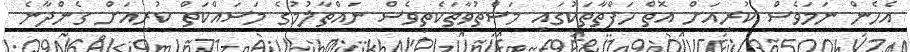
އެހެން ނަމަވެސް ކުރިއަށް އޮތް ހަފްތާތަކުގައި މަސްތުވާތަކެތިވެސް ނައްތާލުމުގެ މަސައްކަތް ކުރިއަށް ގެންދާނެ